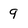
Character: 9